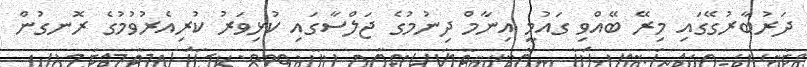
ދަރުބާރުގޭގައި މިރޭ ބޭއްވި ގައުމީ އިނާމް ދިނުމުގެ ޖަލްސާގައި ކުޅިވަރު ކުރިއެރުވުމުގެ ރޮނގުން